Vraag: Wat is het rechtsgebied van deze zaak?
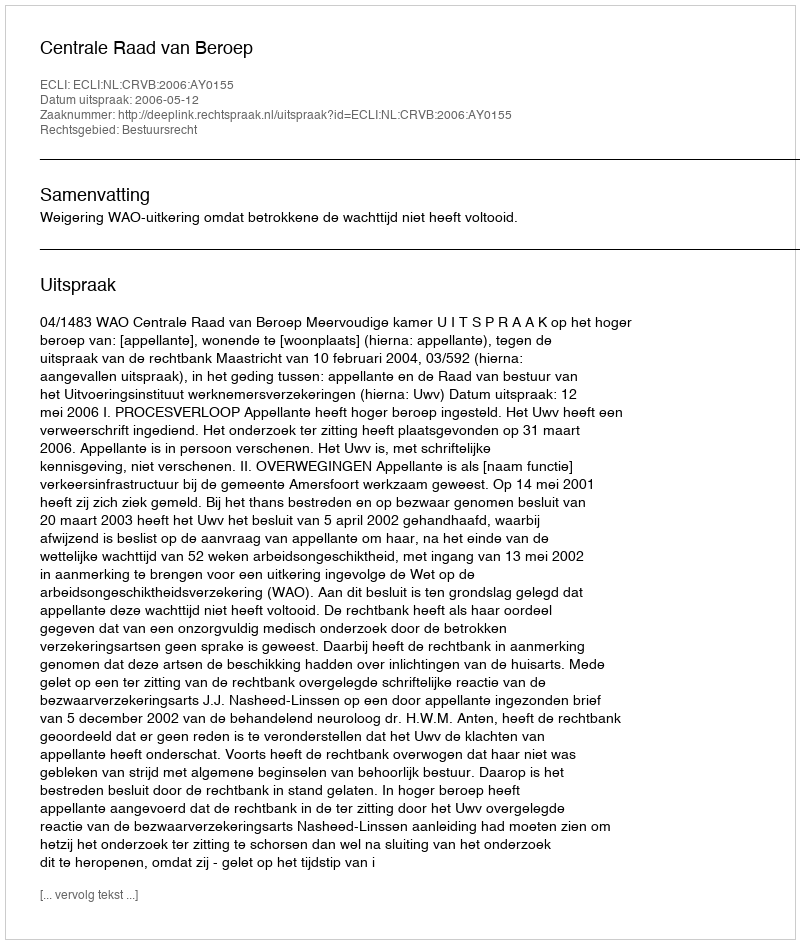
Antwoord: Bestuursrecht